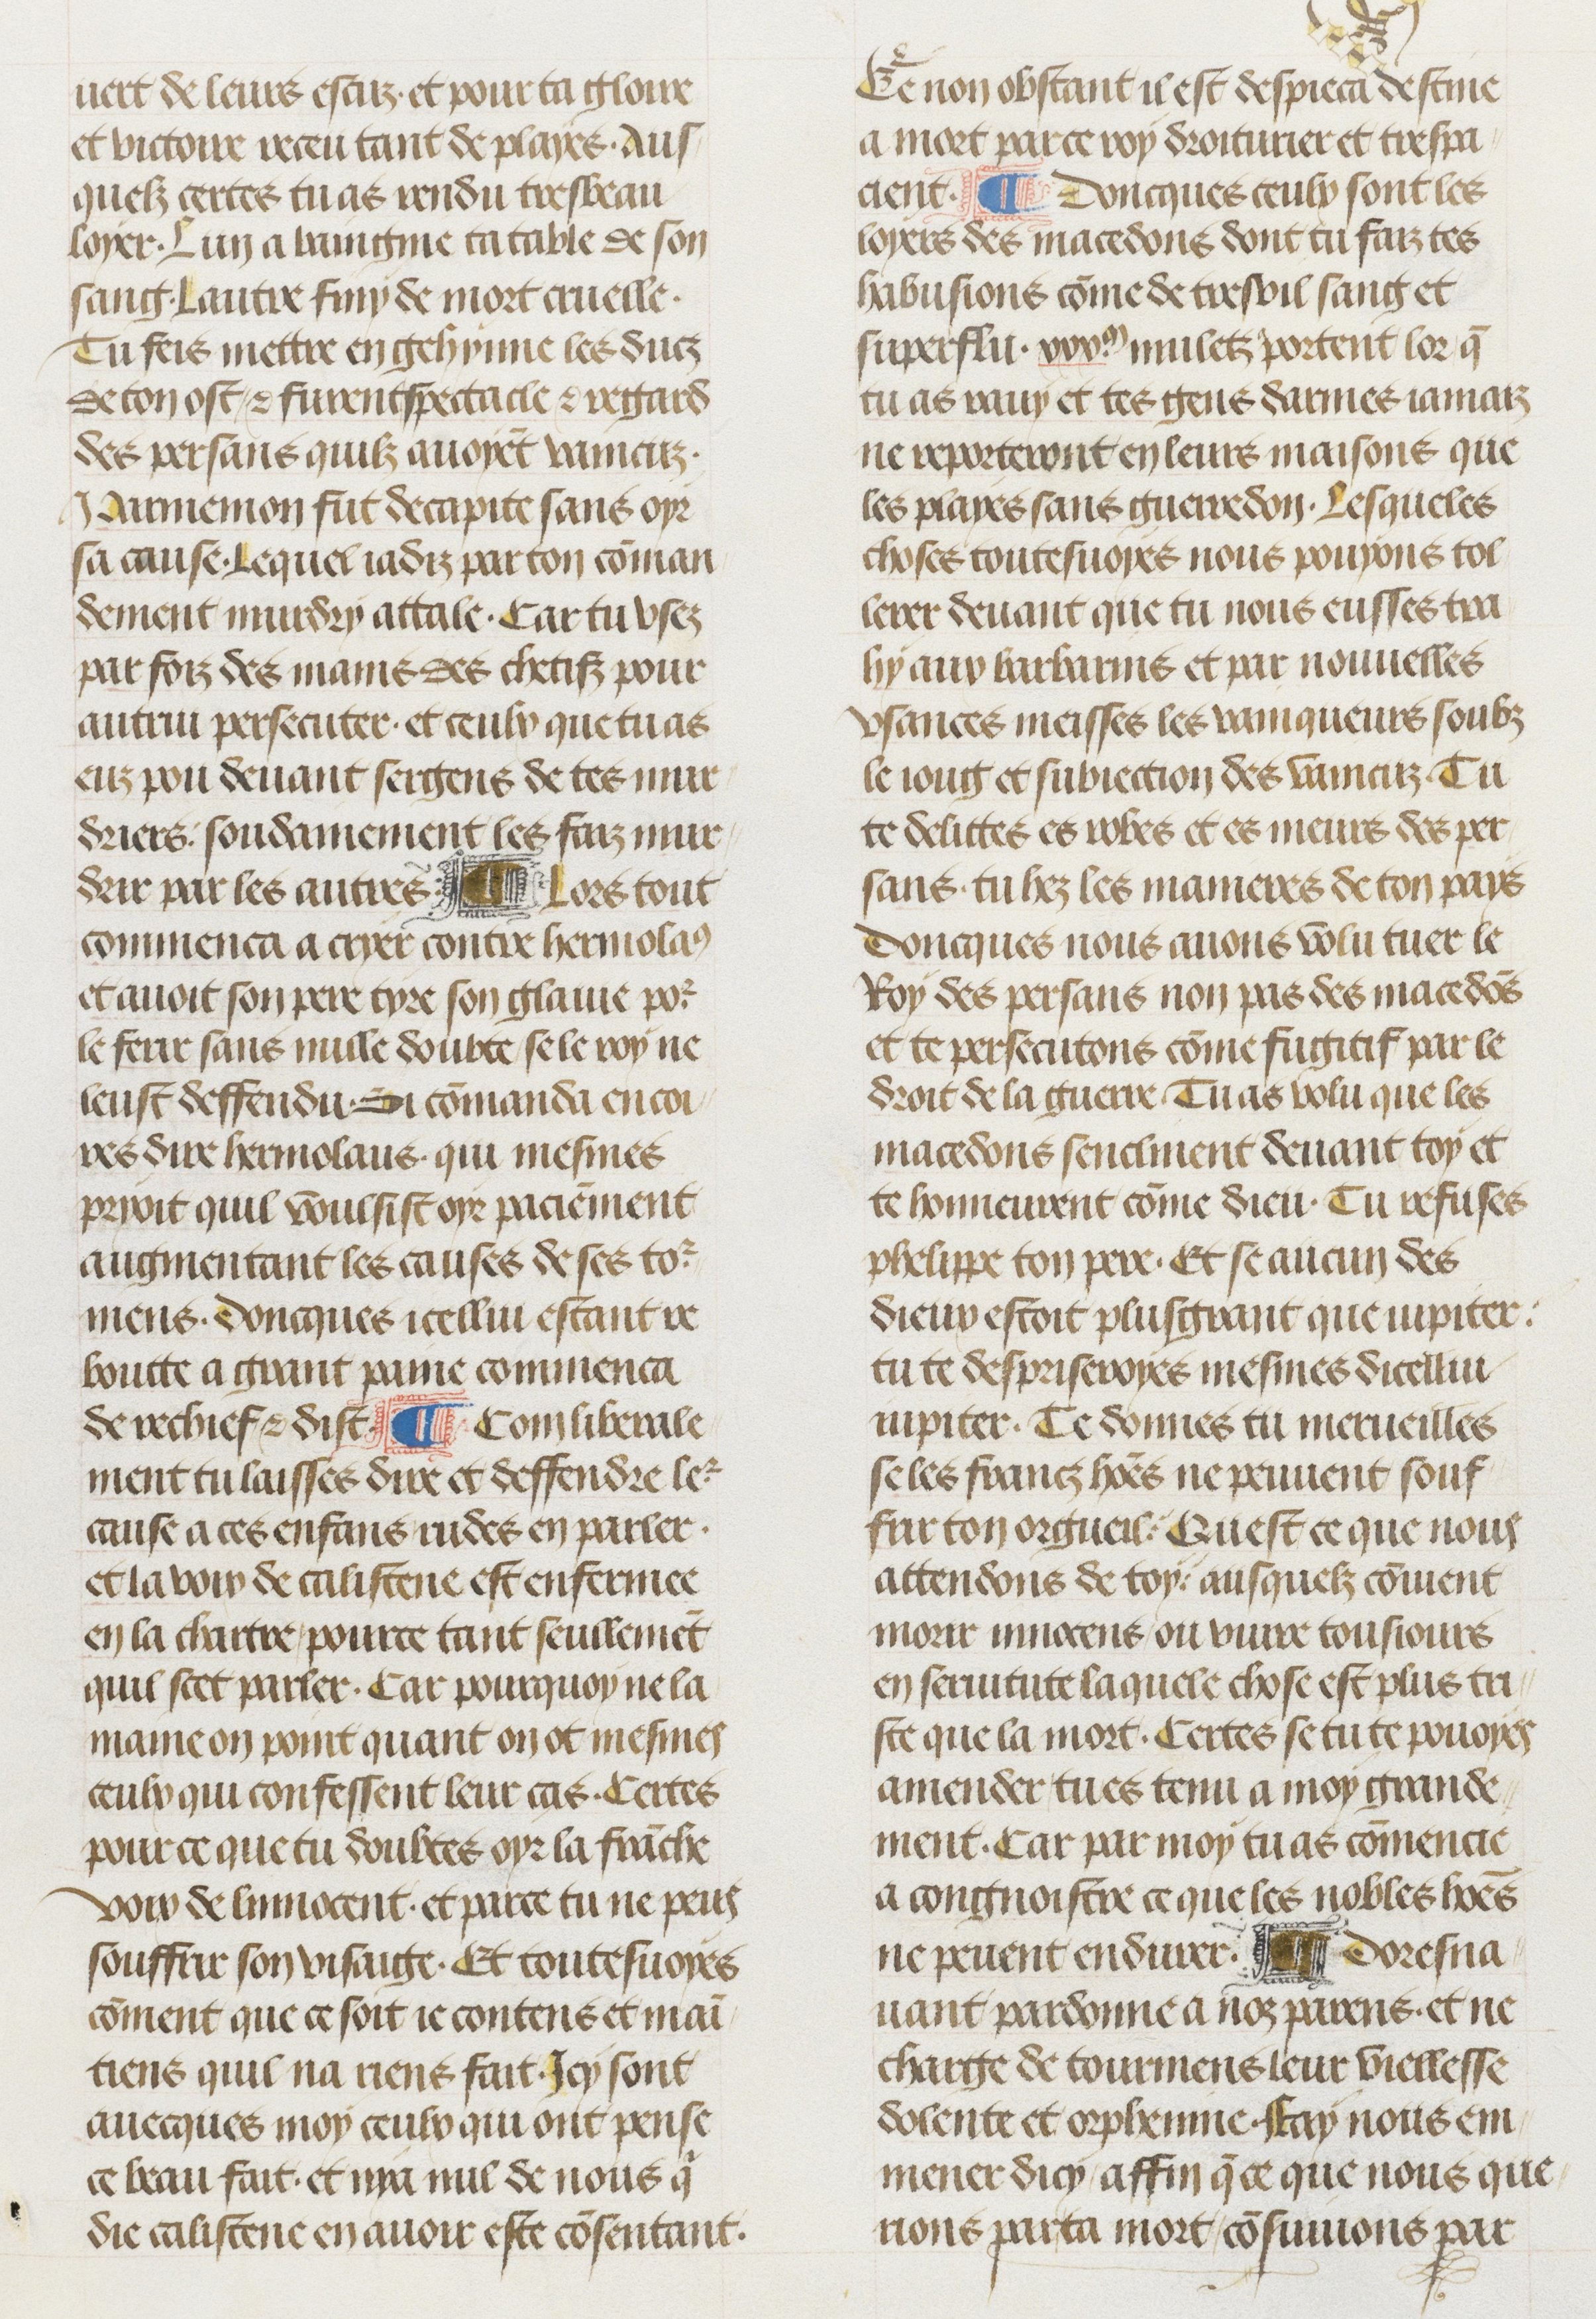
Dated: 1470–1499